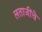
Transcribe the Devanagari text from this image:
लताजींचे